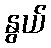
နွယ်